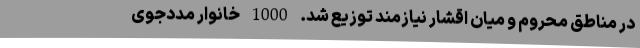
در مناطق محروم و میان اقشار نیازمند توزیع شد. 1000 خانوار مددجوی